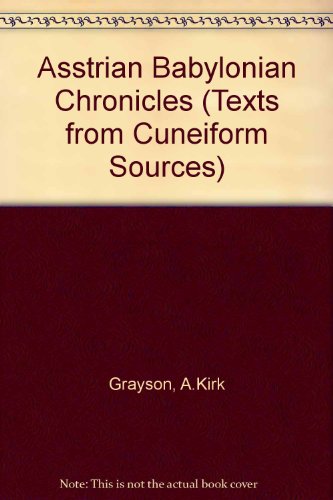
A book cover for Assyrian and Babylonian Chronicles (Texts from Cuneiform Sources); Albert Kirk Grayson; History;